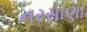
નરસાણા